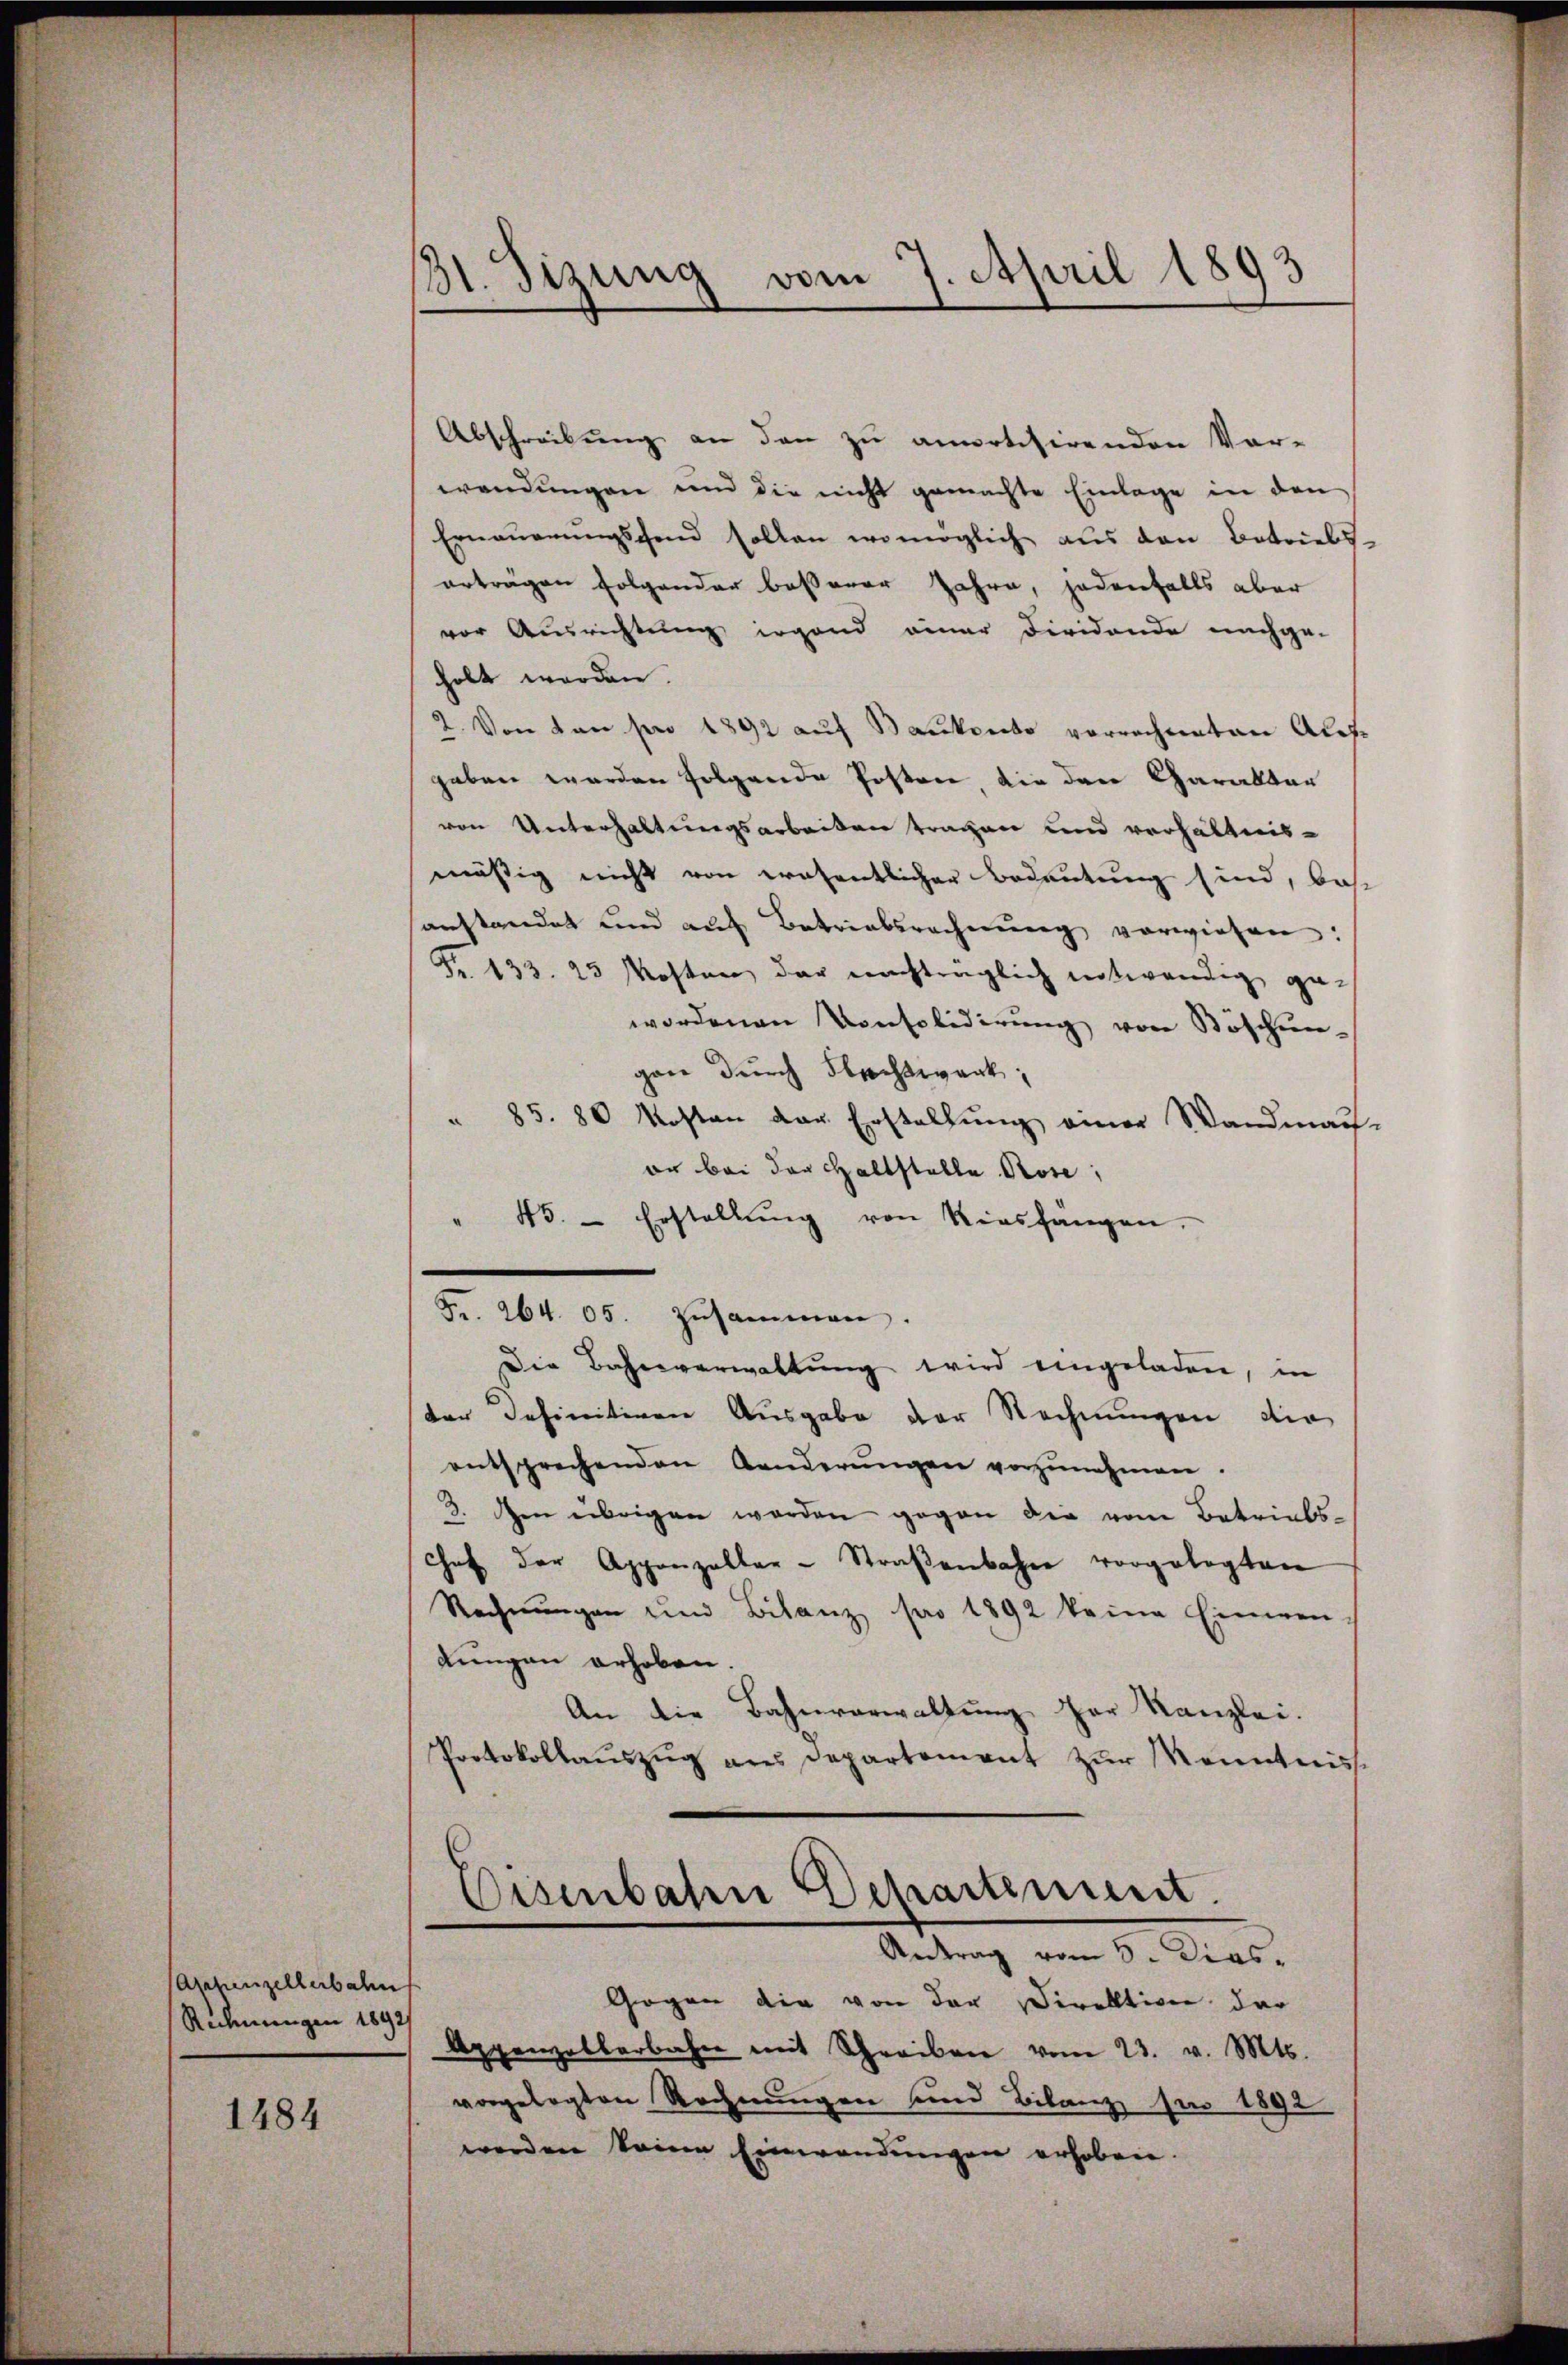
Appenzellerbahn
Rechnungen 1892

1484

131. Sizung vom 7. April 1893

Abschreibung an den zu anvotisirenden Vor-
wendungen und die nicht gemachte Einlage in den
Ernauerungsfond sollen womöglich aus den Betriebs-
erträgen folgender besserer Jahre, jedenfalls aber
vor Ausrichtung irgend einer Dividende nachge-
holt werden.
2. Von den pro 1892 auf Bautento vorrechneten Aufgeben werden folgende Posten die den Garaltar
von Unterhaltungsarbeiten tragen und verhältnis-
mäßig nicht von erosentlicher Bedeutung sind, be-
anstandet und aŭf Betriebsrecherŭng vorwiesen:
Fr. 133. 25 Kosten der nachträglich notwendig ge-
wordenen Konsolidierŭng von Böschun-
gane durch Frechtwerk;
" 85. 80 Kosten der Erstellung einer Wandman
or bei der Haltstelle Pose;
" 45. - Erstellŭng von Riashängen.
Die Bahnverwaltung wird eingeladen, in
der Definitiven Ausgabe der Rechnungen die
entsprechenden Aenderŭngen vorzŭnehmen.
3. Den übrigen worden gegen die vom Betriebs-
Chef der Appenzeller-Straβenbahn vorgelegten
Rechnŭngen und Bilanz pro 1892 keine Einmen
dungen erhoben.
An die Bahnverwaltung der Kanzlei.
Protokollauszug aus Departement zur Kenntnis
Eisenbahn Departement.
Antrag vom 5. Dies
Gegen die von der Direktiven der
Appenzelberbahn mit Schreiben vom 23. v. Mts.
vorgelegten Rechnungen und Bilanz für 1892
werden keine Einwendungen erhoben.

Fr. 264. 05. Zusammen.